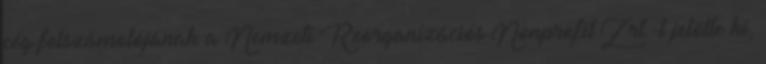
cég felszámolójának a Nemzeti Reorganizációs Nonprofit Zrt.-t jelölte ki,